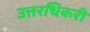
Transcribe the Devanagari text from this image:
उत्तरधिकरी